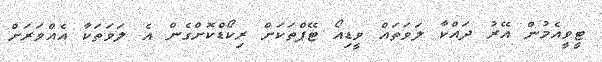
ޓީވީއެމުން އޭރު ދައްކާ ލަވަތައް ވީޑިއޯ ޓޭޕްތަކަށް ރިކޯޑްކޮށްގެން އެ ލަވަތަކާ އެއްވަރަށް